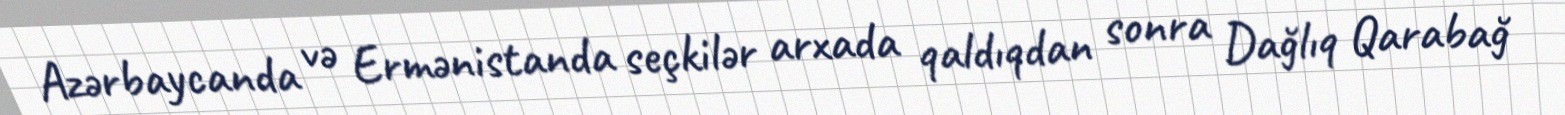
Azərbaycanda və Ermənistanda seçkilər arxada qaldıqdan sonra Dağlıq Qarabağ